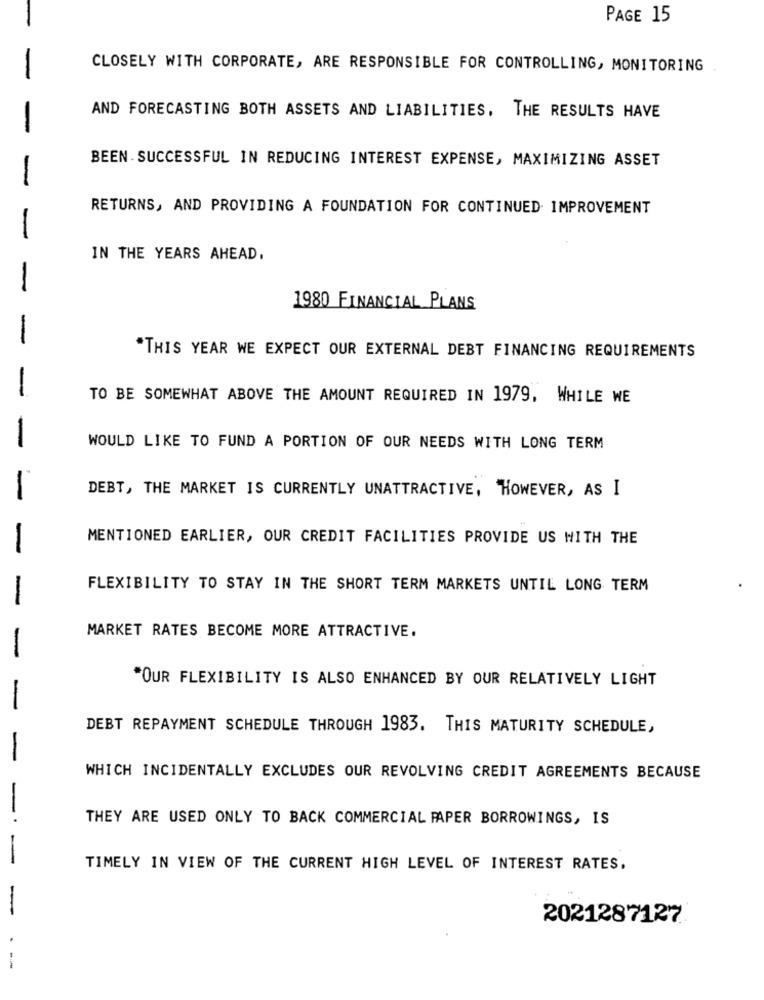
PAGE 15
CLOSELY WITH CORPORATE, ARE RESPONSIBLE FOR CONTROLLING, MONITORING
AND FORECASTING BOTH ASSETS AND LIABILITIES. THE RESULTS HAVE
BEEN SUCCESSFUL IN REDUCING INTEREST EXPENSE, MAXIMIZING ASSET
RETURNS, AND PROVIDING A FOUNDATION FOR CONTINUED IMPROVEMENT
IN THE YEARS AHEAD.
-
1980 FINANCIAL PLANS
-
"THIS YEAR WE EXPECT OUR EXTERNAL DEBT FINANCING REQUIREMENTS
-
TO BE SOMEWHAT ABOVE THE AMOUNT REQUIRED IN 1979, WHILE WE
WOULD LIKE TO FUND A PORTION OF OUR NEEDS WITH LONG TERM
DEBT, THE MARKET IS CURRENTLY UNATTRACTIVE, HOWEVER, AS I
MENTIONED EARLIER, OUR CREDIT FACILITIES PROVIDE US WITH THE
FLEXIBILITY TO STAY IN THE SHORT TERM MARKETS UNTIL LONG TERM
MARKET RATES BECOME MORE ATTRACTIVE.
-
"OUR FLEXIBILITY IS ALSO ENHANCED BY OUR RELATIVELY LIGHT
-
DEBT REPAYMENT SCHEDULE THROUGH 1983. THIS MATURITY SCHEDULE,
WHICH INCIDENTALLY EXCLUDES OUR REVOLVING CREDIT AGREEMENTS BECAUSE
THEY ARE USED ONLY TO BACK COMMERCIAL PAPER BORROWINGS, IS
TIMELY IN VIEW OF THE CURRENT HIGH LEVEL OF INTEREST RATES.
2021287127